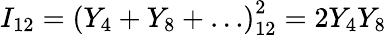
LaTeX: I_{12}=\left(Y_{4}+Y_{8}+\ldots\right)_{12}^{2}=2Y_{4}Y_{8}